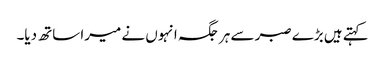
کہتے ہیں بڑے صبر سے ہر جگہ انہوں نے میرا ساتھ دیا۔